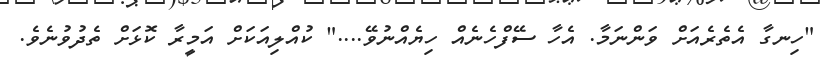
"ހިނގާ އެތެރެއަށް ވަންނަމާ. އެހާ ސޭފްހެނެއް ހިޔެއްނުވޭ...." ކުއްލިއަކަށް އަމީރާ ކޮޅަށް ތެދުވުނެވެ.